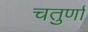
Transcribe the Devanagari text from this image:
चतुर्णां